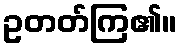
ဥတတ်ကြ၏။